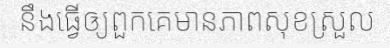
នឹងធ្វើឲ្យពួកគេមានភាពសុខស្រួល